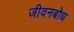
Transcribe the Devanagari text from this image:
जीवनबोध